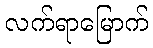
လက်ရာမြောက်